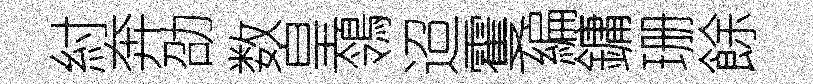
紂奔劭数皇鴒迢䨥編鏞珊餘